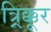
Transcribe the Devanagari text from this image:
त्र्र्र्रिक्कूर